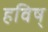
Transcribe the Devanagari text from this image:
हविष्